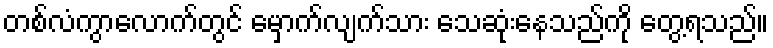
တစ်လံကွာလောက်တွင် မှောက်လျက်သား သေဆုံးနေသည်ကို တွေ့ရသည်။